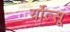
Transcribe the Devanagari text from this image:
र्योत्सू